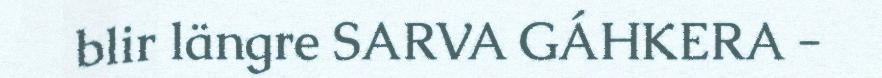
blir längre SARVA GÁHKERA -